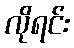
လိုရင်း